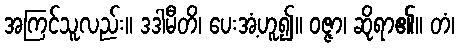
အကြင်သူလည်း။ ဒဒါမီတိ၊ ပေးအံ့ဟူ၍။ ဝဇ္ဇာ၊ ဆိုရာ၏။ တံ၊